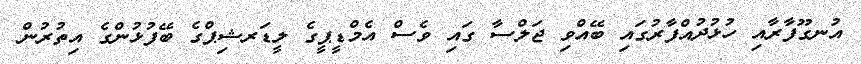
އުނގޫފާރާއި ހުޅުދުއްފާރުގައި ބޭއްވި ޖަލްސާ ގައި ވެސް އެމްޑީޕީގެ ލީޑަރޝިޕްގެ ބޭފުޅުންގެ އިތުރުން